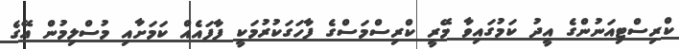
ކްރިސްޓިއަނުންގެ އީދު ކަމުގައިވާ މޭރީ ކްރިސްމަސްގެ ފާހަގަކުރުމަކީ ފާފައެއް ކަމަށާއި މުސްލިމުން އޭގެ